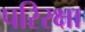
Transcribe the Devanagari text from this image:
परिरक्षा